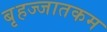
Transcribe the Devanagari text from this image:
बृहज्जातकम